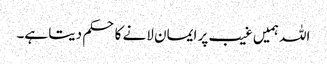
اللہ ہمیں غیب پر ایمان لانے کا حکم دیتا ہے۔